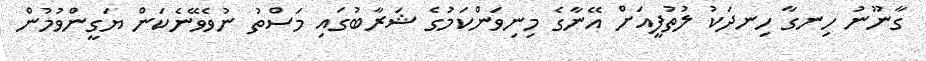
ގާނޫނު ހިނގާ ހިނދަކު ލުތުފީއަށް އޭނާގެ މިނިވަންކަމުގެ ޝަރާބުގައި މަސްތު ނުވެވޭނެކަން ޔަގީންވުމުން